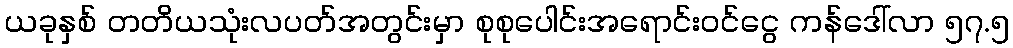
ယခုနှစ် တတိယသုံးလပတ်အတွင်းမှာ စုစုပေါင်းအရောင်းဝင်ငွေ ကန်ဒေါ်လာ ၅၇.၅